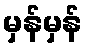
မှန်မှန်